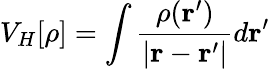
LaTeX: V_{H}[\rho]=\int\frac{\rho(\mathbf{r}^{\prime})}{|\mathbf{r}-\mathbf{r}^{\prime}|}d\mathbf{r}^{\prime}